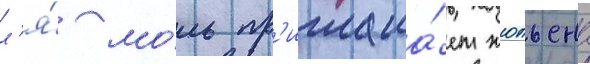
л'я́ мо́ль пр'иглаша́ет жюльена